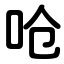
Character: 呛